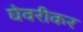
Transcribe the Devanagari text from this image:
घेवरीकर